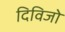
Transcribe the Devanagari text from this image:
दिविजो